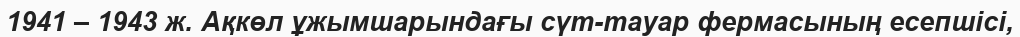
1941 – 1943 ж. Ақкөл ұжымшарындағы сүт-тауар фермасының есепшісі,